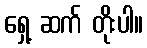
ရှေ့ ဆက် တိုးပါ။